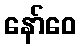
နော်ဝေ